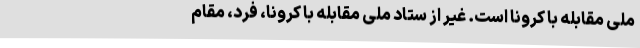
ملی مقابله با کرونا است. غیر از ستاد ملی مقابله با کرونا،‌ فرد، مقام